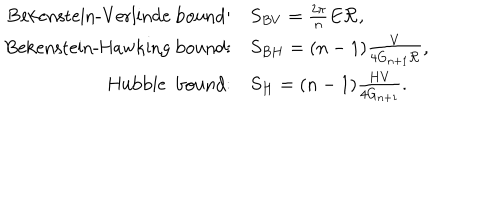
\begin{array} { r l } { { \mathrm { B e k e n s t e i n - V e r l i n d e ~ b o u n d } : } } & { { S _ { B V } = \frac { 2 \pi } { n } E { \cal R } , } } \\ { { \mathrm { B e k e n s t e i n - H a w k i n g ~ b o u n d } : } } & { { S _ { B H } = ( n - 1 ) \frac { V } { 4 G _ { n + 1 } { \cal R } } , } } \\ { { \mathrm { H u b b l e ~ b o u n d } : } } & { { S _ { H } = ( n - 1 ) \frac { H V } { 4 G _ { n + 1 } } . } } \\ \end{array}